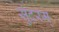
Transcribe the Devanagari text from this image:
सुंदरम्‌